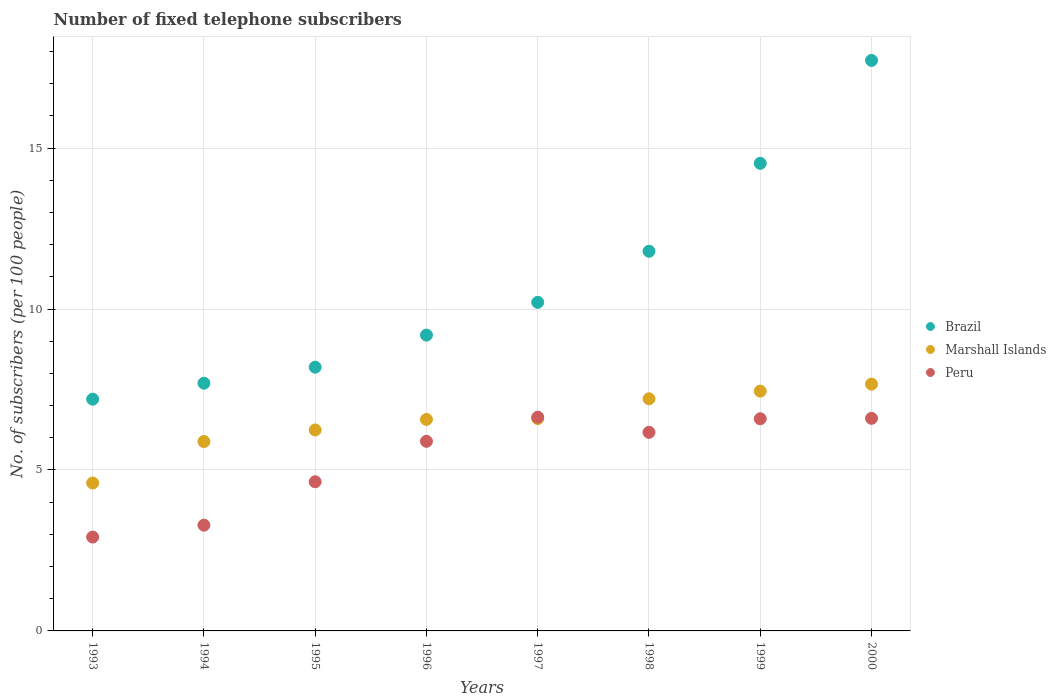
| Years | Brazil | Marshall Islands | Peru |
 | --- | --- | --- | --- |
 | 1993 | 7.2 | 4.6 | 2.92 |
 | 1994 | 7.7 | 5.88 | 3.29 |
 | 1995 | 8.19 | 6.24 | 4.63 |
 | 1996 | 9.19 | 6.57 | 5.89 |
 | 1997 | 10.2 | 6.6 | 6.64 |
 | 1998 | 11.8 | 7.21 | 6.17 |
 | 1999 | 14.5 | 7.45 | 6.59 |
 | 2000 | 17.7 | 7.67 | 6.6 |